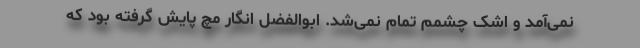
نمی‌آمد و اشک چشمم تمام نمی‌شد. ابوالفضل انگار مچ پایش گرفته بود که